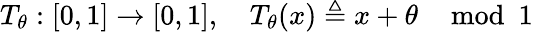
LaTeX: T_{\theta}:[0,1]\rightarrow[0,1],\quad T_{\theta}(x)\triangleq x+\theta\mod 1